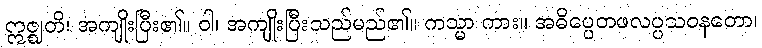
ဣဇ္ဈတိ၊ အကျိုးပြီး၏။ ဝါ၊ အကျိုးပြီးသည်မည်၏။ ကသ္မာ ကား။ အဓိပ္ပေတဖလပ္ပသဝနတော၊